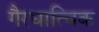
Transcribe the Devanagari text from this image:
गैरधात्विक